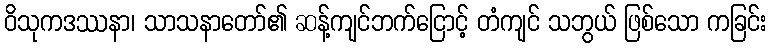
ဝိသုကဒဿနာ၊ သာသနာတော်၏ ဆန့်ကျင်ဘက်ငြောင့် တံကျင် သဘွယ် ဖြစ်သော ကခြင်း